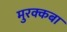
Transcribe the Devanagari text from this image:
मुरक्कबा